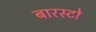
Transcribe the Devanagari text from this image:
बारस्टो